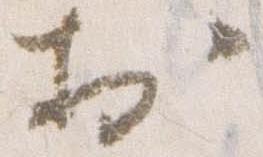
於